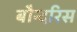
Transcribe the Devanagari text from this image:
बौन्दरिस